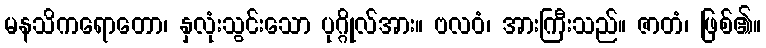
မနသိကရောတော၊ နှလုံးသွင်းသော ပုဂ္ဂိုလ်အား။ ဗလဝံ၊ အားကြီးသည်။ ဇာတံ၊ ဖြစ်၏။